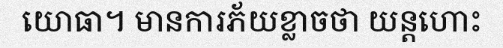
យោធា។ មានការភ័យខ្លាចថា យន្តហោះ